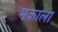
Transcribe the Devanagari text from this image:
मकाला